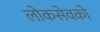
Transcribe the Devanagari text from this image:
लोकसेवको